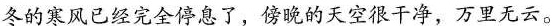
冬的寒风已经完全停息了，傍晚的天空很干净，万里无云。